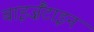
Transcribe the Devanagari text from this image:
बाइज़ैंटाइन